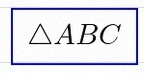
\triangle ABC